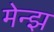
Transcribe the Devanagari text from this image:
मेन्झ